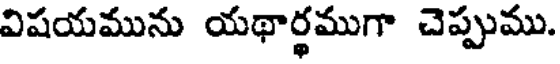
విషయమును యథార్థముగా చెప్పుము.